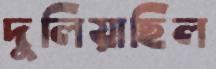
দুলিয়াছিল